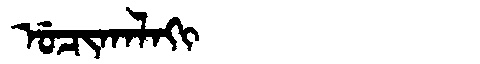
Manchu: ᡠᠴᡳᡴᠠᠯᠠᡴᡳ
Romanization: UCIKALAKI